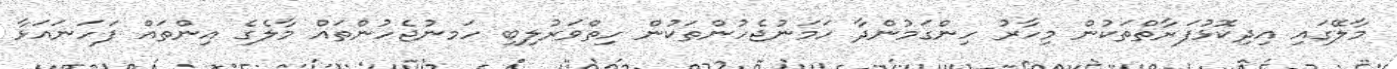
މާލޭގައި އިދިކޮޅުފަރާތްތަކުން މިހާރު ހިންގަމުންދާ ހަމަނުޖެހުންތަކުން ހިތްވަރުލިބި ހަމނުޖެހުންތައް މާލެގެ އިންތައް ފަހަނައަޅާ